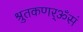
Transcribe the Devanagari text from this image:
श्रुतकणर्ॐसं